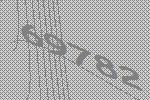
69782